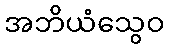
အဘိယံသွေဝ